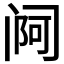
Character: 𬮰